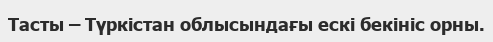
Тасты – Түркістан облысындағы ескі бекініс орны.